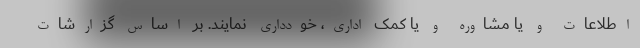
اطلاعات و یا مشاوره و یا کمک اداری، خودداری نمایند. بر اساس گزارشات